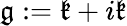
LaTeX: {\mathfrak{g}}:={\mathfrak{k}}+i{\mathfrak{k}}